Lunatic asylums Punjab 1868-1880 - 1868-1880
Year: 1868
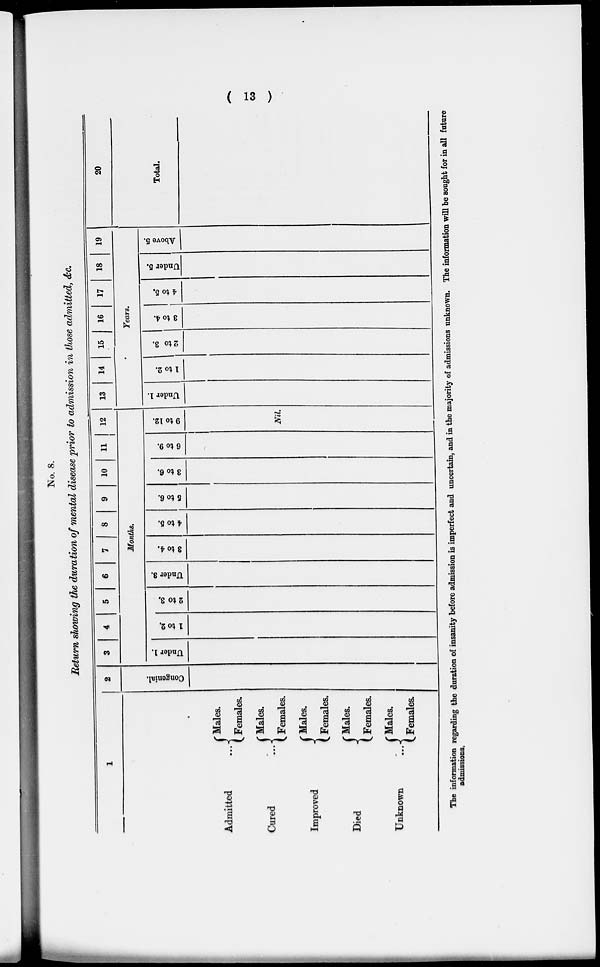
(
13 )
No. 8.
Return showing the duration of mental disease prior to admission in those admitted, &c.
1
Admitted ...
Cured ...
Improved
Died
Unknown ...
Males.
Females.
Males.
Females.
Males.
Females.
Males.
Females.
Males.
Females.
2
Congenial.
3
4
5
6
7
8
9
10
11
12
Months.
Under 1.
1 to 2.
2 to 3.
Under 3.
3 to 4.
4 to 5.
5 to 6.
3 to 6.
6 to 9.
9 to 12.
Nil.
13
14
15
16
17
18
19
Years.
Under 1.
1 to 2.
2 to 3.
3 to 4.
4 to 5.
Under 5.
Above 5.
20
Total.
The information regarding the duration of insanity before admission is imperfect and uncertain, and in the majority of admissions unknown. The information will be sought for in all future
admissions.